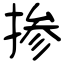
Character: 掺